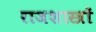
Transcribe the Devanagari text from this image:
राजशास्त्रों